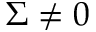
\Sigma \neq 0